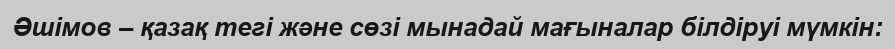
Әшімов – қазақ тегі және сөзі мынадай мағыналар білдіруі мүмкін: